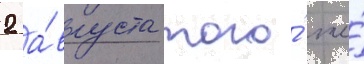
2 а́вгуста того́ же́